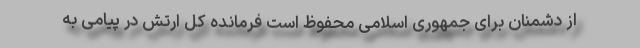
از دشمنان برای جمهوری اسلامی محفوظ است فرمانده کل ارتش در پیامی به